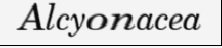
Alcyonacea